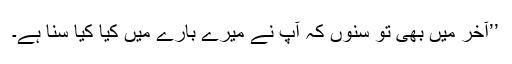
’’آخر میں بھی تو سنوں کہ آپ نے میرے بارے میں کیا کیا سُنا ہے۔